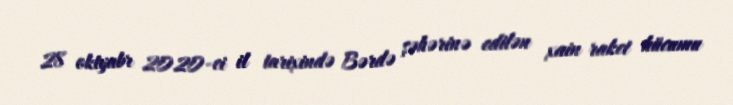
28 oktyabr 2020-ci il tarixində Bərdə şəhərinə edilən xain raket hücumu